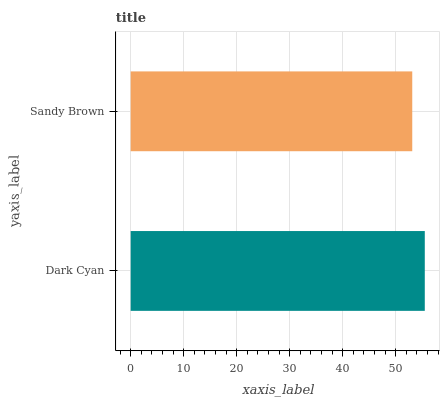
| yaxis_label | bars |
 | --- | --- |
 | Dark Cyan | 55.5 |
 | Sandy Brown | 53.1 |